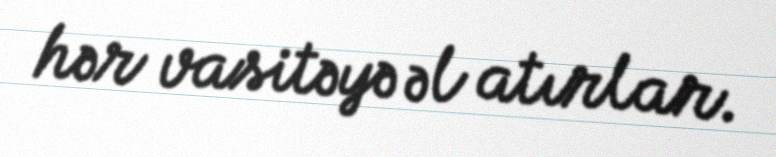
hər vasitəyə əl atırlar.